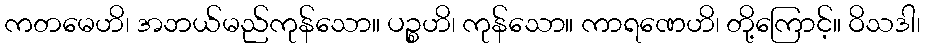
ကတမေဟိ၊ အဘယ်မည်ကုန်သော။ ပဉ္စဟိ၊ ကုန်သော။ ကာရဏေဟိ၊ တို့ကြောင့်။ ဝိသဒါ၊